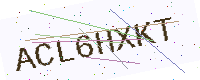
Text: ACL6HXKT